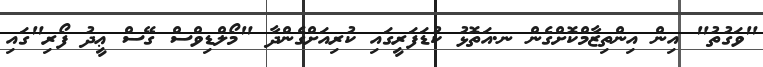
"ވަގުތު" އިން އިންތިޒާމްކޮށްގެން ނ.އަތޮޅު ކުޑަފަރީގައި ކުރިއަށްގެންދާ "މޯލްޑިވްސް ގޭސް ޢީދު ފޯރި"ގައި